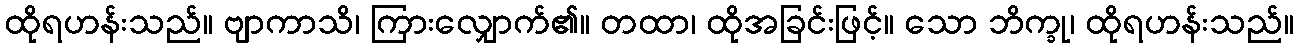
ထိုရဟန်းသည်။ ဗျာကာသိ၊ ကြားလျှောက်၏။ တထာ၊ ထိုအခြင်းဖြင့်။ သော ဘိက္ခု၊ ထိုရဟန်းသည်။